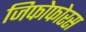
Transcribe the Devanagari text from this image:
जिफोफोरस